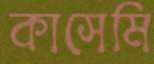
কাসেমি